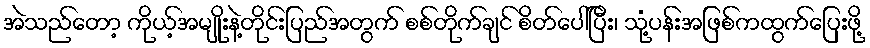
အဲသည်တော့ ကိုယ့်အမျိုးနဲ့တိုင်းပြည်အတွက် စစ်တိုက်ချင် စိတ်ပေါ်ပြီး၊ သုံ့ပန်းအဖြစ်ကထွက်ပြေးဖို့